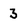
Character: 3